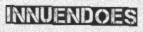
INNUENDOES